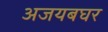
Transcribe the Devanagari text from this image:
अजयबघर